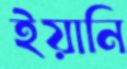
ইয়ানি